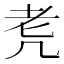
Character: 𦒲